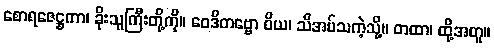
စောရဇေဋ္ဌကာ၊ ခိုးသူကြီးတို့ကို။ ဝေဒိတဗ္ဗော ဝိယ၊ သိအပ်သကဲ့သို့။ တထာ၊ ထို့အတူ။